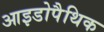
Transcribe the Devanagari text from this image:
आइडोपैथिक